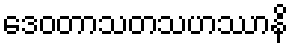
ဒေဝတာသတသဟဿာနိ